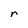
Character: r